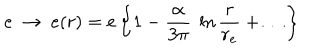
e ~ \to ~ e ( r ) = e \left\{ 1 - { \frac { \alpha } { 3 \pi } } ~ \ln { \frac { r } { r _ { e } } } + \dots \right\}